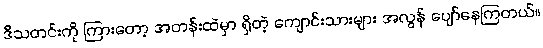
ဒီသတင်းကို ကြားတော့ အတန်းထဲမှာ ရှိတဲ့ ကျောင်းသားများ အလွန် ပျော်နေကြတယ်။